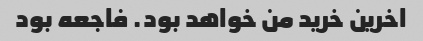
اخرین خرید من خواهد بود. فاجعه بود